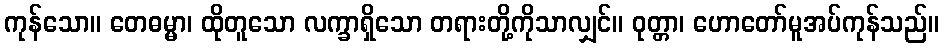
ကုန်သော။ တေဓမ္မာ၊ ထိုတူသော လက္ခာရှိသော တရားတို့ကိုသာလျှင်။ ဝုတ္တာ၊ ဟောတော်မူအပ်ကုန်သည်။